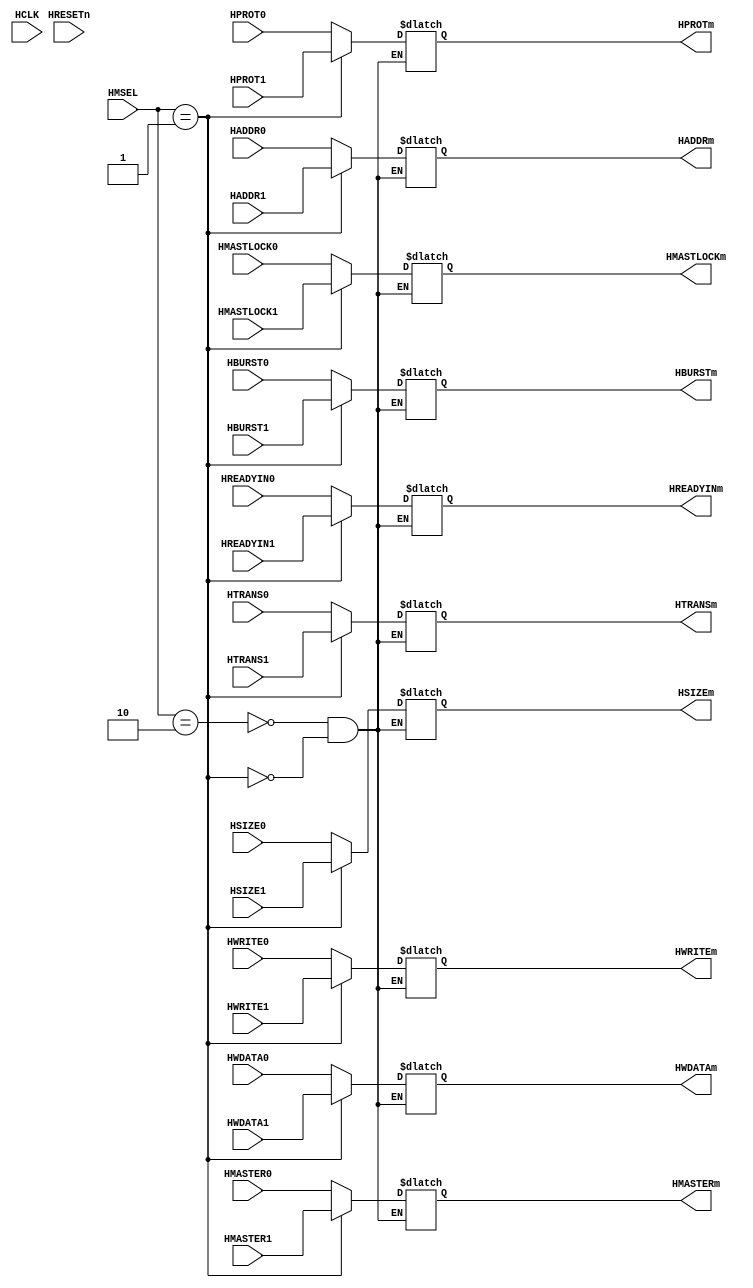
module AHB_MArbiter_MUX(
	HCLK,
	HRESETn,
	HMSEL,
	
	HADDR0,
	HTRANS0,
	HWRITE0,
	HSIZE0,
	HBURST0,
	HPROT0,
	HMASTER0,
	HWDATA0,
	HMASTLOCK0,
	HREADYIN0,
	
	HADDR1,
	HTRANS1,
	HWRITE1,
	HSIZE1,
	HBURST1,
	HPROT1,
	HMASTER1,
	HWDATA1,
	HMASTLOCK1,
	HREADYIN1,
	
	HADDRm,
	HTRANSm,
	HWRITEm,
	HSIZEm,
	HBURSTm,
	HPROTm,
	HMASTERm,
	HWDATAm,
	HMASTLOCKm,
	HREADYINm
	);
	input HCLK;
	input HRESETn;
	input [1:0]HMSEL;
	
	input  [31:0] HADDR0;
	input   [1:0] HTRANS0;
	input         HWRITE0;
	input   [2:0] HSIZE0;
	input   [2:0] HBURST0;
	input   [3:0] HPROT0;
	input   [3:0] HMASTER0;
	input  [31:0] HWDATA0;
	input         HMASTLOCK0;
	input         HREADYIN0;

	input  [31:0] HADDR1;
	input   [1:0] HTRANS1;
	input         HWRITE1;
	input   [2:0] HSIZE1;
	input   [2:0] HBURST1;
	input   [3:0] HPROT1;
	input   [3:0] HMASTER1;
	input  [31:0] HWDATA1;
	input         HMASTLOCK1;
	input         HREADYIN1;
	
	output reg [31:0] HADDRm;
	output reg [1:0]  HTRANSm;
	output reg       HWRITEm;
	output reg [2:0]  HSIZEm;
	output reg [2:0]  HBURSTm;
	output reg [3:0]  HPROTm;
	output reg [3:0]  HMASTERm;
	output reg [31:0] HWDATAm;
	output reg       HMASTLOCKm;
	output reg       HREADYINm;
	
	reg hmsel_delay; //
	always@(posedge HCLK or negedge HRESETn)
	begin
		if(!HRESETn)
			hmsel_delay<=0;
		else
			hmsel_delay<=HMSEL;
	end
	always@(HMSEL or HADDR0 or HADDR1)
	begin
		case(HMSEL)
		2'b10: HADDRm = HADDR0;
		2'b01: HADDRm = HADDR1;
		endcase
	end
	always@(HMSEL or HTRANS0 or HTRANS1)
	begin
		case(HMSEL)
		2'b10: HTRANSm = HTRANS0;
		2'b01: HTRANSm = HTRANS1;
		endcase
	end
	always@(HMSEL or HWRITE0 or HWRITE1)
	begin
		case(HMSEL)
		2'b10: HWRITEm = HWRITE0;
		2'b01: HWRITEm = HWRITE1;
		endcase
	end
	always@(HMSEL or HSIZE0 or HSIZE1)
	begin
		case(HMSEL)
		2'b10: HSIZEm = HSIZE0;
		2'b01: HSIZEm = HSIZE1;
		endcase
	end
	always@(HMSEL or HBURST0 or HBURST1)
	begin
		case(HMSEL)
		2'b10: HBURSTm = HBURST0;
		2'b01: HBURSTm = HBURST1;
		endcase
	end
	always@(HMSEL or HPROT0 or HPROT1)
	begin
		case(HMSEL)
		2'b10: HPROTm = HPROT0;
		2'b01: HPROTm = HPROT1;
		endcase
	end
	always@(HMSEL or HMASTER0 or HMASTER1)
	begin
		case(HMSEL)
		2'b10: HMASTERm = HMASTER0;
		2'b01: HMASTERm = HMASTER1;
		endcase
	end
	always@(HMSEL or HWDATA0 or HWDATA1)
	begin
		case(HMSEL)
		2'b10: HWDATAm = HWDATA0;
		2'b01: HWDATAm = HWDATA1;
		endcase
	end
	always@(HMSEL or HMASTLOCK0 or HMASTLOCK1)
	begin
		case(HMSEL)
		2'b10: HMASTLOCKm = HMASTLOCK0;
		2'b01: HMASTLOCKm = HMASTLOCK1;
		endcase
	end
	always@(HMSEL or HREADYIN0 or HREADYIN1)
	begin
		case(HMSEL)
		2'b10: HREADYINm = HREADYIN0;
		2'b01: HREADYINm = HREADYIN1;
		endcase
	end
	

	


endmodule